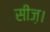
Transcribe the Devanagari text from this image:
सीज़।